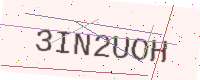
Text: 3IN2UOH